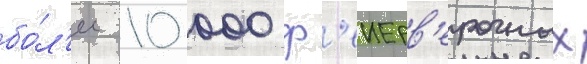
бо́л'ее 10 000 ф'еиерв'ерочных